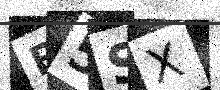
Text: B5SX